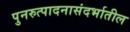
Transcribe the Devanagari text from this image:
पुनरुत्पादनासंदर्भातील